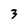
Character: 3